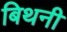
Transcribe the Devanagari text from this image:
बिथनी